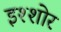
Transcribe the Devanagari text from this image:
इश्शोर